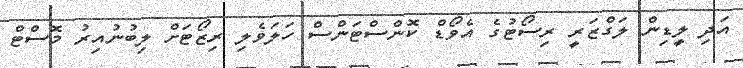
އަދި ލީޑިން ލަގްޒަރީ ރިސޯޓުގެ އެވޯޑް ކޮންސްޓަންސް ހަލަވެލި ރިޒޯޓަށް ލިބުނުއިރު މޮސްޓް